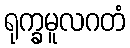
ရုက္ခမူလဂတံ